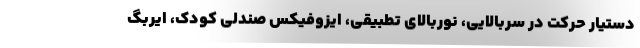
دستیار حرکت در سربالایی، نوربالای تطبیقی، ایزوفیکس صندلی کودک، ایربگ